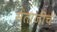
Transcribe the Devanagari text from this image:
संताजींचे